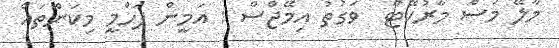
މާލޭ މަސް މާރުކޭޓް  ވަގުތު އިމޭޖްސް : އަމީން ފަހްމީ މިކަންތައް